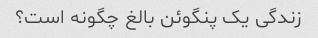
زندگی یک پنگوئن بالغ چگونه است؟